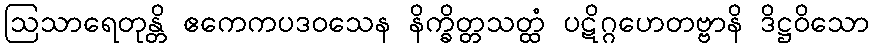
ဩသာရေတုန္တိ ဧကေကပဒဝသေန နိက္ခိတ္တသတ္ထံ ပဋိဂ္ဂဟေတဗ္ဗာနိ ဒိဋ္ဌဝိသော